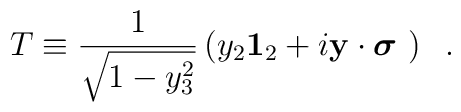
T \equiv \frac{1}{\sqrt{1-y^2_3}} \left( y_2 {\bf 1}_2 + i {\bf y} \cdot \mbox{\boldmath $\sigma$ } \right)\;\;.